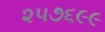
૨૫૭૬૯૯